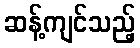
ဆန့်ကျင်သည့်